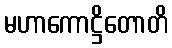
မဟာကောဋ္ဌိတောတိ